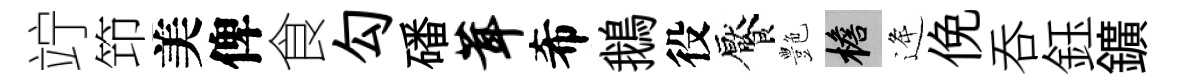
竚笻美俾食勾磻茸希鵝役饜艶檐逄俛呑鈺鑛